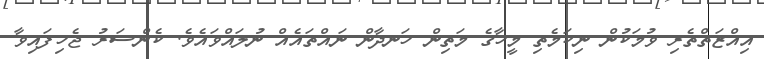
އިއްޒަތްތެރި ވުމަކުން ނިކަމެތި މީހާގެ މަތިން ހަނދާން ނައްތައެއް ނުލައްވައެވެ. ކެންސަރު ޖެހިފައިވާ